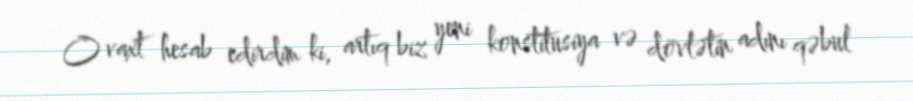
O vaxt hesab edirdim ki, artıq biz yeni konstitusiya və dövlətin adını qəbul